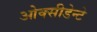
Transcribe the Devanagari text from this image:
ओक्सीडेन्टे